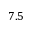
7 . 5